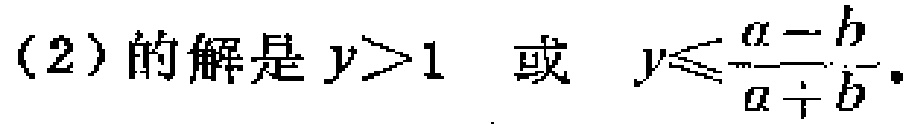
(2)的解是 \(y > 1\) 或 \(y\leqslant\frac{a - b}{a + b}\) .